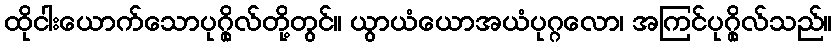
ထိုငါးယောက်သောပုဂ္ဂိုလ်တို့တွင်။ ယွာယံယောအယံပုဂ္ဂလော၊ အကြင်ပုဂ္ဂိုလ်သည်။